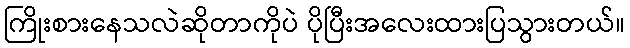
ကြိုးစားနေသလဲဆိုတာကိုပဲ ပိုပြီးအလေးထားပြသွားတယ်။